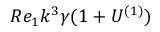
R e _ { 1 } k ^ { 3 } \gamma ( 1 + U ^ { ( 1 ) } )